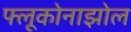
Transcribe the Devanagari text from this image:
फ्लूकोनाझोल